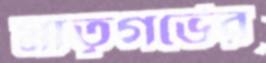
মাতৃগর্ভের